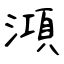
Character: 澒